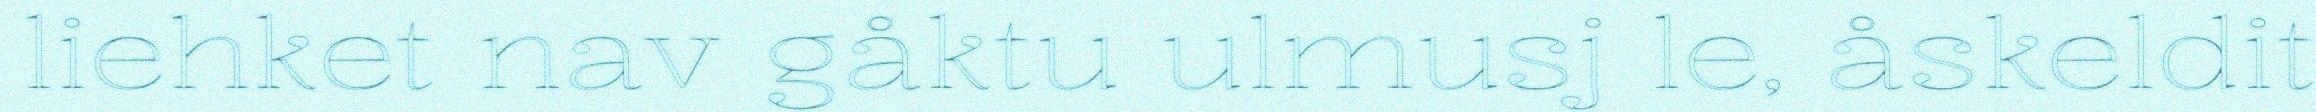
liehket nav gåktu ulmusj le, åskeldit